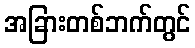
အခြားတစ်ဘက်တွင်